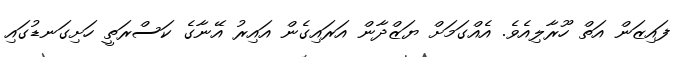
ފައިޒަން އަތް ހޫރާލިއެވެ. އެއްގަމަށް ޔަޒްދާން އަރައިގެން އައިރު އޭނާގެ ކަސްރަތީ ހަށިގަނޑުގައި